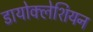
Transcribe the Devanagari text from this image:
डायोक्लेशियन